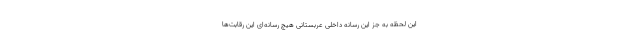
این لحظه به جز این رسانه داخلی عربستانی هیچ رسانه‌ای این رقابت‌ها